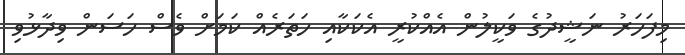
މިފަހަރު ނަޝީދުގެ ވަކީލުން އެއްކުރީ އެކަކާއި ހަތަރެއް ކަމަށް ވެސް ހަސަން ވިދާޅުވި